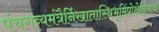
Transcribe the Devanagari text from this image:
पंचगव्यमंत्रैर्निखातास्थिभूमिंप्रोक्षेदित्यर्थः